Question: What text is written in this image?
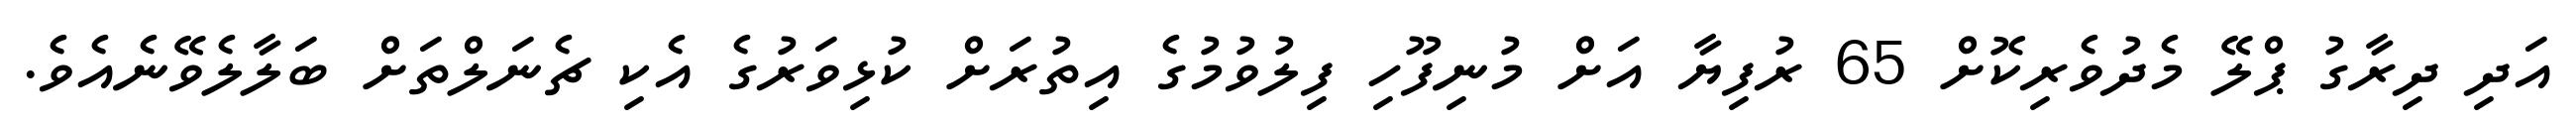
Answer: އަދި ދިރާގު ޕްލޭ މެދުވެރިކޮށް 65 ރުފިޔާ އަށް މުނިފޫހި ފިލުވުމުގެ އިތުރަށް ކުޅިވަރުގެ އެކި ޗެނަލްތަށް ބަލާލެވޭނެއެވެ.